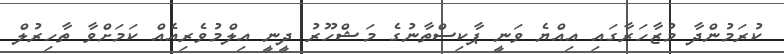
ކުރަމުންދާ މުޒާހަރާގައި އިއްޔެ ވަނީ ޕާކިސްތާނުގެ މަޝްހޫރު ދީނީ އިލްމުވެރިއެއް ކަމަށްވާ ތާހިރުލް